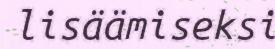
lisäämiseksi